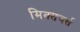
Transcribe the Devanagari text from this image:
मिक्सचर्स